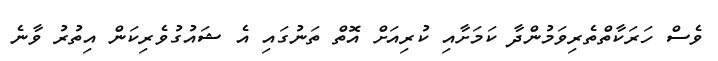
ވެސް ހަރަކާތްތެރިވަމުންދާ ކަމަށާއި ކުރިއަށް އޮތް ތަނުގައި އެ ޝައުގުވެރިކަން އިތުރު ވާނެ